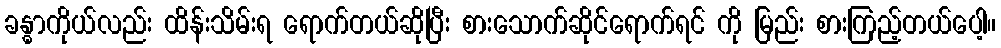
ခန္ဓာကိုယ်လည်း ထိန်းသိမ်းရ ရောက်တယ်ဆိုပြီး စားသောက်ဆိုင်ရောက်ရင် ကို မြည်း စားကြည့်တယ်ပေါ့။